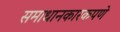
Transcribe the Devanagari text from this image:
समाधानकारकपणे